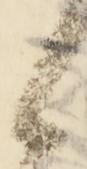
候